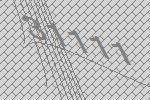
31111